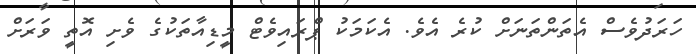
ހަރަދުވެސް އެތަންތަނަށް ކުރެ އެވެ. އެކަމަކު ޕްރައިވެޓް މީޑިއާތަކުގެ ވެށި އޮތީ ވަރަށް